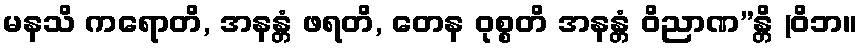
မနသိ ကရောတိ, အနန္တံ ဖရတိ, တေန ဝုစ္စတိ အနန္တံ ဝိညာဏ”န္တိ (ဝိဘ။